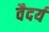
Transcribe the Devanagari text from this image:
वैदर्य